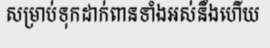
សម្រាប់ទុកដាក់ពានទាំងអស់នឹងហើយ